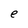
Character: e